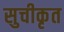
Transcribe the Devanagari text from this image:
सुचीकृत